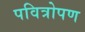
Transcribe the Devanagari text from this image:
पवित्रोपण